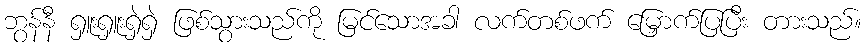
ဘွန်နီ ရှူးရှူးရှဲရှဲ ဖြစ်သွားသည်ကို မြင်သောအခါ လက်တစ်ဖက် မြှောက်ပြပြီး တားသည်။